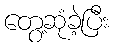
တွေ့ဆုံခဲ့ပြီး